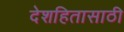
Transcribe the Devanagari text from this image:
देशहितासाठी